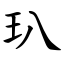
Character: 玐